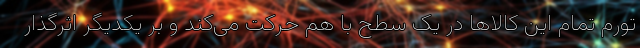
تورم تمام این کالاها در یک سطح با هم حرکت می‌کند و بر یکدیگر اثرگذار